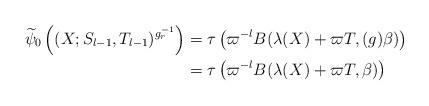
LaTeX: \begin{align*} \widetilde\psi_0\left((X;S_{l-1},T_{l-1})^{g_r^{-1}} \right) &=\tau\left(\varpi^{-l}B(\lambda(X)+\varpi T,(g)\beta) \right)\\ &=\tau\left(\varpi^{-l}B(\lambda(X)+\varpi T,\beta) \right)\end{align*}